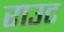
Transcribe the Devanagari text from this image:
राउट